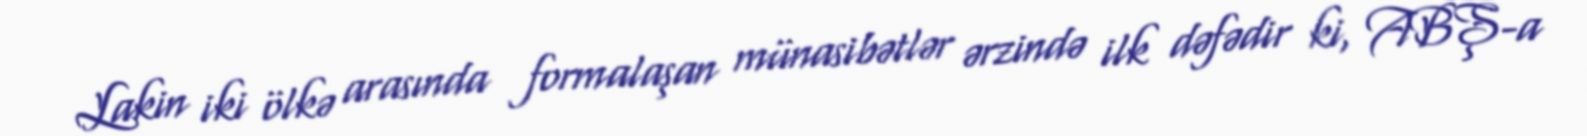
Lakin iki ölkə arasında formalaşan münasibətlər ərzində ilk dəfədir ki, ABŞ-a